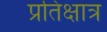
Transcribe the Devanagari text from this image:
प्रतिक्षात्र